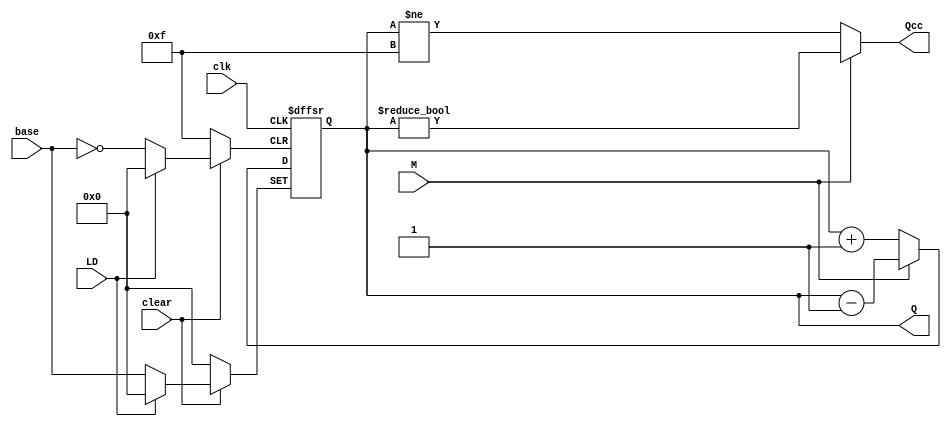
`timescale 1ns / 100ps
//////////////////////////////////////////////////////////////////////////////////
// Company: 
// Engineer: 
// 
// Design Name: 
// Module Name: counter
// Project Name: 
// Target Devices: 
// Tool Versions: 
// Description: 
// 
// Dependencies: 
// 
// Revision:
// Revision 0.01 - File Created
// Additional Comments:
// 
//////////////////////////////////////////////////////////////////////////////////


module counter(
    input clk,
    input clear,
    input M,
    input [3:0] base,
    input LD, 
    output reg [3:0] Q, 
    output Qcc
  );
  initial begin
    Q[3:0] = 0;
  end
  assign Qcc = (M==0)? Q!=4'b1111 : Q!=0;
  always @ (posedge clk or negedge clear or negedge LD) begin
    if(clear==0)
      Q[3:0] <= 4'b0000;
    else if (LD==0) begin 
      Q[3:0] <= base[3:0];
    end
    else begin
      if(M==0)
        Q[3:0] <= Q[3:0] + 1;
      else 
        Q[3:0] <= Q[3:0] - 1;
    end
  end
endmodule